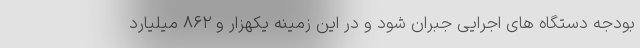
بودجه دستگاه های اجرایی جبران شود و در این زمینه یکهزار و ۸۶۲ میلیارد